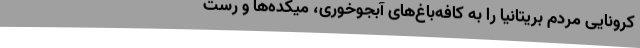
کرونایی مردم بریتانیا را به کافه‌باغ‌های آبجوخوری، میکده‌ها و رست